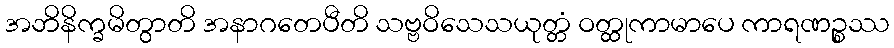
အဘိနိက္ခမိတွာတိ အနာဂတေပီတိ သဗ္ဗဝိသေသယုတ္တံ ဝတ္ထုကာမာပေ ကာရဏဉ္စဿ